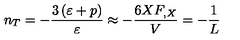
n _ { T } = - \frac { 3 \left( \varepsilon + p \right) } { \varepsilon } \approx - \frac { 6 X F _ { , X } } { V } = - \frac { 1 } { L }